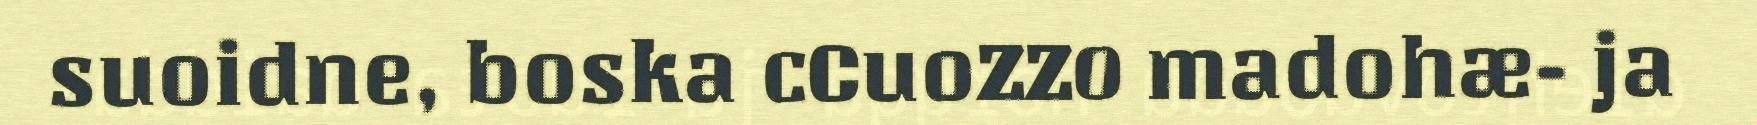
suoidne, boska cCuoZZ0 madohæ- ja